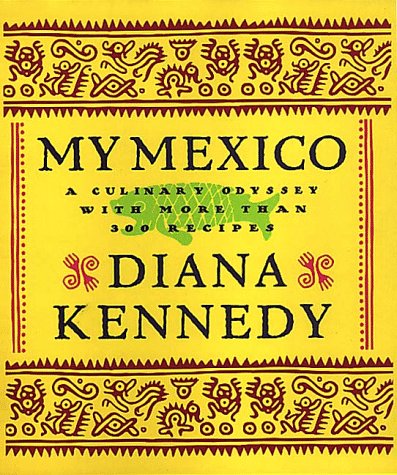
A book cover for My Mexico: A Culinary Odyssey with More Than 300 Recipes; Diana Kennedy; Cookbooks, Food & Wine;